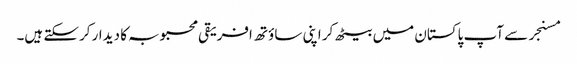
مسنجر سے آپ پاکستان میں بیٹھ کر اپنی ساؤتھ افریقی محبوبہ کا دیدار کرسکتے ہیں۔